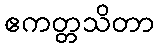
ဧကတ္တသိတာ